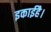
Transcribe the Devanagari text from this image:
इकाईहै।